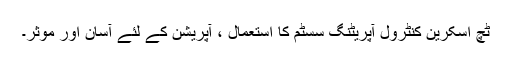
ٹچ اسکرین کنٹرول آپریٹنگ سسٹم کا استعمال ، آپریشن کے لئے آسان اور موثر۔